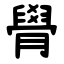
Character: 䑁